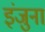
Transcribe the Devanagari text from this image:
इंजुना